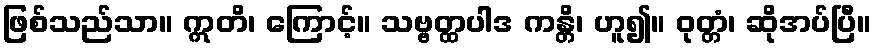
ဖြစ်သည်သာ။ ဣတိ၊ ကြောင့်။ သဗ္ဗတ္ထပါဒ ကန္တိ၊ ဟူ၍။ ဝုတ္တံ၊ ဆိုအပ်ပြီ။